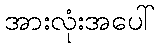
အားလုံးအပေါ်